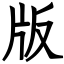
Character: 版